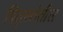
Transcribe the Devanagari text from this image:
पितृस्त्तेतील